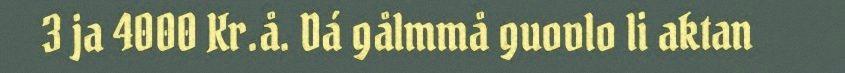
3 ja 4000 Kr.å. Dá gålmmå guovlo li aktan